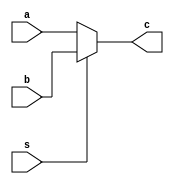
`timescale 1ns / 1ps
//////////////////////////////////////////////////////////////////////////////////
// Company: 
// Engineer: 
// 
// Design Name: 
// Module Name: MUX_2_by_1
// Project Name: 
// Target Devices: 
// Tool Versions: 
// Description: 
// 
// Dependencies: 
// 
// Revision:
// Revision 0.01 - File Created
// Additional Comments:
// 
//////////////////////////////////////////////////////////////////////////////////


module MUX_2_by_1(
    input [31:0] a,b,
    input s,
    output [31:0] c
);
    
    assign c = (~s) ? a : b;
    //s = 0 => c = a
    //s = 1 => c = b;



endmodule